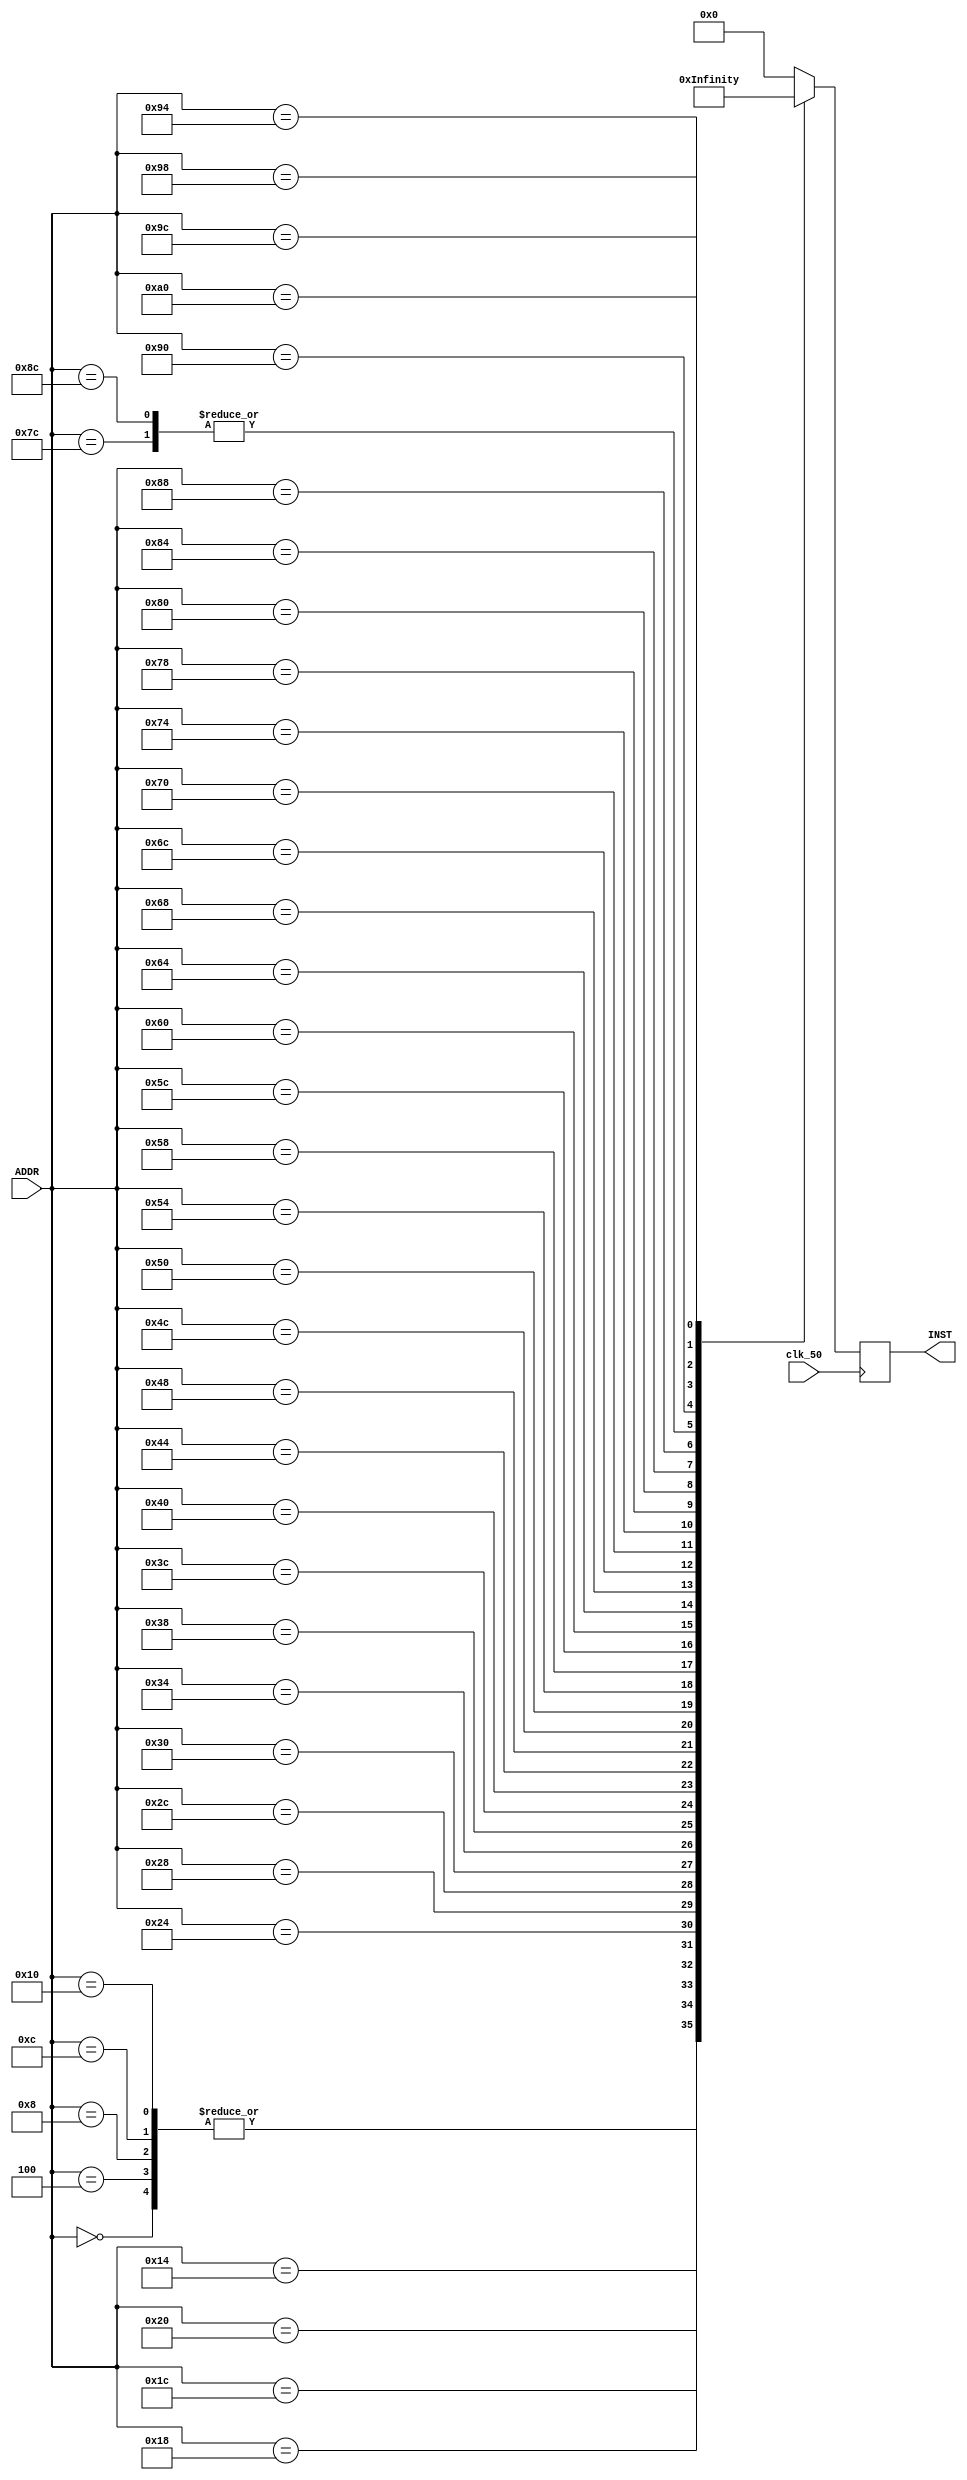
module INST_MEM
(  
   input             clk_50   ,
   input    [31:0]   ADDR     ,
   output   [31:0]   INST
);
  
   //bge 3, beq 3
   reg    [31:0]   INST_r;
   always @ (posedge clk_50)
   begin
      INST_r = 32'b0;

      case(ADDR)
         0: INST_r = 32'h00000013;        //         addi x0, x0, 0
         4: INST_r = 32'h00000013;        //         addi x0, x0, 0
         8: INST_r = 32'h00000013;        //         addi x0, x0, 0
         12: INST_r = 32'h00000013;       //         addi x0, x0, 0
         16: INST_r = 32'h00000013;       //         addi x0, x0, 0
         20: INST_r = 32'hff810113;       //         addi sp, sp, -8   #save s4, s4 on stack *
         24: INST_r = 32'h01412223;       //         sw s4, 4(sp)      #int j *
         28: INST_r = 32'h01312023;       //         sw s3, 0(sp)      #int i *
         32: INST_r = 32'h00400993;       //         addi s3, zero, 4  #i = 1
         36: INST_r = 32'h00000a13;       //         addi s4, zero, 0  #j = 0
         40: INST_r = 32'h00000793;       //         addi a5, zero, 0     # A[][] start address
         44: INST_r = 32'h02400813;       //         addi a6, zero, 36    # B[][] start address
         48: INST_r = 32'h04800893;       //         addi a7, zero, 72    # C[][] start address
         52: INST_r = 32'h00f818b3;       //         matr a7, a5, a6   # A X B = C 
         56: INST_r = 32'h00000513;       //Loop 1:  addi a0, s1, 0   #download base addr of arry[] at a0 -> 0
         60: INST_r = 32'h02800613;       //         addi a2, s2, 40     #download size of arry[](=n) at a2 -> 10 * 4  //028  02c 190
         64: INST_r = 32'h00050293;       //  case 1 addi t0, a0, 0        #sorting MatA
         //64: INST_r = 32'h04800293;       //  case 2 addi t0, zero, 72     #sorting MatC
         68: INST_r = 32'h04c9d863;       //         bge s3, a2, Exit   #j is bigger than n or equal
         72: INST_r = 32'h00000e33;       //         add t3, zero, zero #tmp reset
         76: INST_r = 32'h41360e33;       //         sub t3, a2, s3     #tmp resigter t3 = n-i
         80: INST_r = 32'h000a0f13;       //         addi t5, s4, 0     #copy of j
         84: INST_r = 32'h03cf5863;       //Loop 2:  bge t5, t3, Exit1 #j is bigger than n-i or equal
         88: INST_r = 32'h0002a503;       //         lw a0, 0(t0)      #t1 = arr[j] data
         92: INST_r = 32'h0042a583;       //         lw a1, 4(t0)      #t2 = arr[j+1] data
         96: INST_r = 32'h00428293;       //         addi t0, t0, 4    #t0 = arr[j+1] address
         100: INST_r = 32'h02a5d463;      //         bge a1, a0, Exit2 #arry[j+1] data is bigger than arry[j] or equal
         104: INST_r = 32'h00050f93;      //         addi t6, a0, 0     #swap, t6 is tmp register
         108: INST_r = 32'h00058513;      //         addi a0, a1, 0
         112: INST_r = 32'h000f8593;      //         addi a1, t6, 0
         116: INST_r = 32'hfea2ae23;      //         sw a0, -4(t0)     #save memory
         120: INST_r = 32'h00b2a023;      //         sw a1, 0(t0)
         124: INST_r = 32'h004f0f13;      //         addi t5, t5, 4    #j++
         128: INST_r = 32'hfc000ae3;      //         beq zero, zero, Loop2
         132: INST_r = 32'h00498993;      //Exit1 :  addi s3, s3, 4           // i++
         136: INST_r = 32'hfa0008e3;      //         beq zero, zero, Loop1
         140: INST_r = 32'h004f0f13;      //Exit2:   addi t5, t5, 4           // j++
         144: INST_r = 32'hfc0002e3;      //         beq zero, zero, Loop2
         148: INST_r = 32'h00013983;      ///Exit :  lw s3, 0(sp)
         152: INST_r = 32'h00413a03;      //         lw s4, 4(sp)
         156: INST_r = 32'h00810113;      //         addi sp, sp, 8
         160: INST_r = 32'h00a54533;      //         xor a0, a0, a0
         default: INST_r = 32'h00000000;
      endcase
   /*
      case(ADDR)
         0: INST_r = 32'h00000013;        //         addi x0, x0, 0
         4: INST_r = 32'h00000013;        //         addi x0, x0, 0
         8: INST_r = 32'h00000013;        //         addi x0, x0, 0
         12: INST_r = 32'h00000013;       //         addi x0, x0, 0
         16: INST_r = 32'h00000013;       //         addi x0, x0, 0
         20: INST_r = 32'hff810113;       //         addi sp, sp, -8   #save s4, s4 on stack *
         24: INST_r = 32'h01412223;       //         sw s4, 4(sp)      #int j *
         28: INST_r = 32'h01312023;       //         sw s3, 0(sp)      #int i *
         32: INST_r = 32'h00000993;       //         addi s3, zero, 4  #i = 0
         36: INST_r = 32'h00000a13;       //         addi s4, zero, 0  #j = 0
         40: INST_r = 32'h00000793;       //         addi a5, zero, 0     # A[][] start address
         44: INST_r = 32'h02400813;       //         addi a6, zero, 36    # B[][] start address
         48: INST_r = 32'h04800893;       //         addi a7, zero, 72    # C[][] start address
         52: INST_r = 32'h00f818b3;       //         matr a7, a5, a6   # A X B = C
         56: INST_r = 32'h010897B3;       // double  matr a7, a5, a6   # A X B = C        
         60: INST_r = 32'h00000513;       //Loop 1:  addi a0, s1, 0   #download base addr of arry[] at a0 -> 0
         64: INST_r = 32'h02400613;       //         addi a2, s2, 40     #download size of arry[](=n) at a2 -> 10 * 4  //028  02c 190
         68: INST_r = 32'h00F002B3;       //  case 1 add t0, zero, a5     #sorting MatA
         //68: INST_r = 32'h011002B3;       //  case 2 add t0, zero, a7     #sorting MatC
         72: INST_r = 32'h04c9d863;       //         bge s3, a2, Exit   #j is bigger than n or equal
         76: INST_r = 32'h00000e33;       //         add t3, zero, zero #tmp reset
         80: INST_r = 32'hFFC60E13;       //         addi t3, a2, -4       <original : sub t3, a2, s3     #tmp resigter t3 = n-i>
         84: INST_r = 32'h000a0f13;       //         addi t5, s4, 0     #copy of j
         88: INST_r = 32'h03cf5863;       //Loop 2:  bge t5, t3, Exit1 #j is bigger than n-i or equal
         92: INST_r = 32'h0002a503;       //         lw a0, 0(t0)      #t1 = arr[j] data
         96: INST_r = 32'h0042a583;       //         lw a1, 4(t0)      #t2 = arr[j+1] data
         100: INST_r = 32'h00428293;       //         addi t0, t0, 4    #t0 = arr[j+1] address
         104: INST_r = 32'h02a5d463;      //         bge a1, a0, Exit2 #arry[j+1] data is bigger than arry[j] or equal
         108: INST_r = 32'h00050f93;      //         addi t6, a0, 0     #swap, t6 is tmp register
         112: INST_r = 32'h00058513;      //         addi a0, a1, 0
         116: INST_r = 32'h000f8593;      //         addi a1, t6, 0
         120: INST_r = 32'hfea2ae23;      //         sw a0, -4(t0)     #save memory
         124: INST_r = 32'h00b2a023;      //         sw a1, 0(t0)
         128: INST_r = 32'h004f0f13;      //         addi t5, t5, 4    #j++
         132: INST_r = 32'hfc000ae3;      //         beq zero, zero, Loop2
         136: INST_r = 32'h00498993;      //Exit1 :  addi s3, s3, 4           // i++
         140: INST_r = 32'hfa0008e3;      //         beq zero, zero, Loop1
         144: INST_r = 32'h004f0f13;      //Exit2:   addi t5, t5, 4           // j++
         148: INST_r = 32'hfc0002e3;      //         beq zero, zero, Loop2
         152: INST_r = 32'h00013983;      ///Exit :  lw s3, 0(sp)
         156: INST_r = 32'h00413a03;      //         lw s4, 4(sp)
         160: INST_r = 32'h00810113;      //         addi sp, sp, 8
         164: INST_r = 32'h00a54533;      //         xor a0, a0, a0
         default: INST_r = 32'h00000000;
      endcase
   */
   /*
      case(ADDR)
         0: INST_r = 32'h00000013;        //       addi x0, x0, 0
         4: INST_r = 32'h00000013;        //       addi x0, x0, 0
         8: INST_r = 32'h00000013;        //       addi x0, x0, 0
         12: INST_r = 32'h00000013;       //       addi x0, x0, 0
         16: INST_r = 32'h00000013;       //       addi x0, x0, 0
         20: INST_r = 32'hff410113;       //       addi sp, sp -12
         24: INST_r = 32'h00912423;       //       sw s1, 8(sp)         # int i;
         28: INST_r = 32'h01212223;       //       sw s2, 4(sp)         # int j;
         32: INST_r = 32'h01312023;       //       sw s3, 0(sp)         # int k;
         36: INST_r = 32'h00000493;       //       addi s1, zero, 0     # i = 0;
         40: INST_r = 32'h00000913;       //       addi s2, zero, 0     # j = 0;
         44: INST_r = 32'h00000993;       //       addi s3, zero, 0     # k = 0;
         48: INST_r = 32'h00000513;       //       addi a0, zero, 0     # A[][] start address
         52: INST_r = 32'h02400593;       //       addi a1, zero, 36    # B[][] start address
         56: INST_r = 32'h04800613;       //       addi a2, zero, 72    # C[][] start address
         60: INST_r = 32'h00300693;       //       addi a3, zero, 3     #  3;
         64: INST_r = 32'h00090713;       // L1:   addi a4, s2, 0       # copy j to a4
         68: INST_r = 32'h08d4d263;       //       bge s1, a3, Exit     # i >= 3 -> i++ 
         72: INST_r = 32'h00048293;       // L2:   addi t0, s1, 0       # copy i to t0
         76: INST_r = 32'h06d75263;       //       bge a4, a3, IPP      # j >= 3 -> j++
         80: INST_r = 32'h02d282b3;       //       mul t0, t0, a3       # i = 3*i,  here is MULT
         84: INST_r = 32'h00e28333;       //       add t1, t0, a4       # t1 = 3*i + j
         88: INST_r = 32'h00231313;       //       slli t1, t1, 2        # word =* 4
         92: INST_r = 32'h00c30333;       //       add t1, t1, a2       # C[i][j]s addr
         96: INST_r = 32'h00032023;       //       sw zero, 0(t1)       # sotre 0 for init   
         100: INST_r = 32'h00098793;      //       addi a5, s3, 0       # copy k to a5 
         104: INST_r = 32'h04d7d863;      // L3:   bge a5, a3, JPP        # k >= 3 -> k++
         108: INST_r = 32'h00f283b3;      //       add t2, t0, a5       # t2 = 3*i + k
         112: INST_r = 32'h00239393;      //       slli t2, t2, 2       # word *= 4
         116: INST_r = 32'h00a383b3;      //       add t2, t2, a0       # A[i][k]s addr 
         120: INST_r = 32'h0003aa83;      //       lw s5, 0(t2)         # s5 = A[i][k]                   //stall
         124: INST_r = 32'h02f68e33;      //       mul t3, a3, a5       # t3 = 3*k, here is MULT   00a383b3;      //       add t2, t2, a0       # A[i][k]s addr
         128: INST_r = 32'h00ee0e33;      //       add t3, t3, a4       # t3 = 3*k + j
         132: INST_r = 32'h002e1e13;      //       slli t3, t3, 2       # word *= 4  
         136: INST_r = 32'h00be0e33;      //       add t3, t3, a1       # B[k][j]s addr                   //stall
         140: INST_r = 32'h000e2b03;      //       lw s6, 0(t3)         # s6 = B[k][j]
         144: INST_r = 32'h00e28eb3;      //       add t4, t0, a4       # t4 = 3*i+j     
         148: INST_r = 32'h002e9e93;      //       slli t4, t4, 2       # word *= 4
         152: INST_r = 32'h00ce8eb3;      //       add t4, t4, a2       # C[i][j]s addr
         156: INST_r = 32'h036a8f33;      //       mul t5, s5, s6       # mult two matrixes, here is MULT   
         160: INST_r = 32'h000eaf83;      //       lw t6, 0(t4)         # get existing value there
         164: INST_r = 32'h01ff0f33;      //       add t5, t5, t6       # and add calculated + existing
         168: INST_r = 32'h01eea023;      //       sw t5, 0(t4)         # add values to array C
         172: INST_r = 32'h00000a63;      //       beq zero, zero, KPP  # k++
         176: INST_r = 32'h00148493;      // IPP:  addi s1, s1, 1
         180: INST_r = 32'hf80006e3;      //       beq zero, zero, L1
         184: INST_r = 32'h00170713;      // JPP:  addi a4, a4, 1
         188: INST_r = 32'hf80006e3;      //       beq zero, zero, L2
         192: INST_r = 32'h00178793;      // KPP:  addi a5, a5, 1
         196: INST_r = 32'hfa0002e3;      //       beq zero, zero, L3
         200: INST_r = 32'h01412823;      // Exit: sw s4, 16(sp)        #restore stacks
         204: INST_r = 32'h01212623;      //       sw s2, 12(sp)
         208: INST_r = 32'h01312423;      //       sw s3, 8(sp) 
         212: INST_r = 32'h01512223;      //       sw s5, 4(sp)   
         216: INST_r = 32'h01612023;      //       sw s6, 0(sp)    
         220: INST_r = 32'hfec10113;      //       addi sp, sp, -20
         224: INST_r = 32'h00a54533;      //       xor a0, a0, a0
         default: INST_r = 32'h00000000;
      endcase
   */

   end

   assign INST = INST_r;

   
endmodule